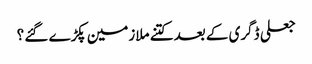
جعلی ڈگری کے بعد کتنے ملازمین پکڑے گئے ؟